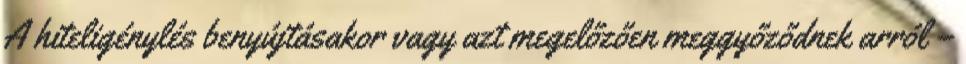
A hiteligénylés benyújtásakor vagy azt megelőzően meggyőződnek arról –